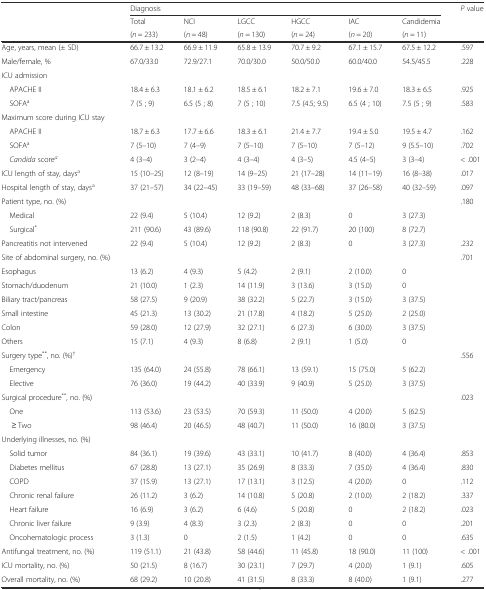
<table><thead><tr><td rowspan="3"></td><td colspan="6"><b>Diagnosis</b></td><td rowspan="2"><b><i>P</i> value</b></td></tr><tr><td><b>Total</b></td><td><b>NCI</b></td><td><b>LGCC</b></td><td><b>HGCC</b></td><td><b>IAC</b></td><td><b>Candidemia</b></td></tr><tr><td><b>(<i>n</i> = 233)</b></td><td><b>(<i>n</i> = 48)</b></td><td><b>(<i>n</i> = 130)</b></td><td><b>(<i>n</i> = 24)</b></td><td><b>(<i>n</i> = 20)</b></td><td><b>(<i>n</i> = 11)</b></td><td></td></tr></thead><tbody><tr><td>Age, years, mean (± SD)</td><td>66.7 ± 13.2</td><td>66.9 ± 11.9</td><td>65.8 ± 13.9</td><td>70.7 ± 9.2</td><td>67.1 ± 15.7</td><td>67.5 ± 12.2</td><td>.597</td></tr><tr><td>Male/female, %</td><td>67.0/33.0</td><td>72.9/27.1</td><td>70.0/30.0</td><td>50.0/50.0</td><td>60.0/40.0</td><td>54.5/45.5</td><td>.228</td></tr><tr><td>ICU admission</td><td></td><td></td><td></td><td></td><td></td><td></td><td></td></tr><tr><td> APACHE II</td><td>18.4 ± 6.3</td><td>18.1 ± 6.2</td><td>18.5 ± 6.1</td><td>18.2 ± 7.1</td><td>19.6 ± 7.0</td><td>18.3 ± 6.5</td><td>.925</td></tr><tr><td> SOFA<sup>a</sup></td><td>7 (5 ; 9)</td><td>6.5 (5 ; 8)</td><td>7 (5 ; 10)</td><td>7.5 (4.5; 9.5)</td><td>6.5 (4 ; 10)</td><td>7.5 (5 ; 9)</td><td>.583</td></tr><tr><td>Maximum score during ICU stay</td><td></td><td></td><td></td><td></td><td></td><td></td><td></td></tr><tr><td> APACHE II</td><td>18.7 ± 6.3</td><td>17.7 ± 6.6</td><td>18.3 ± 6.1</td><td>21.4 ± 7.7</td><td>19.4 ± 5.0</td><td>19.5 ± 4.7</td><td>.162</td></tr><tr><td> SOFA<sup>a</sup></td><td>7 (5–10)</td><td>7 (4–9)</td><td>7 (5–10)</td><td>7 (5–10)</td><td>7 (5–12)</td><td>9 (5.5–10)</td><td>.702</td></tr><tr><td> <i>Candida</i> score<sup><i>a</i></sup></td><td>4 (3–4)</td><td>3 (2–4)</td><td>4 (3–4)</td><td>4 (3–5)</td><td>4.5 (4–5)</td><td>3 (3–4)</td><td>&lt; .001</td></tr><tr><td>ICU length of stay, days<sup>a</sup></td><td>15 (10–25)</td><td>12 (8–19)</td><td>14 (9–25)</td><td>21 (17–28)</td><td>14 (11–19)</td><td>16 (8–38)</td><td>.017</td></tr><tr><td>Hospital length of stay, days<sup>a</sup></td><td>37 (21–57)</td><td>34 (22–45)</td><td>33 (19–59)</td><td>48 (33–68)</td><td>37 (26–58)</td><td>40 (32–59)</td><td>.097</td></tr><tr><td>Patient type, no. (%)</td><td></td><td></td><td></td><td></td><td></td><td></td><td>.180</td></tr><tr><td> Medical</td><td>22 (9.4)</td><td>5 (10.4)</td><td>12 (9.2)</td><td>2 (8.3)</td><td>0</td><td>3 (27.3)</td><td></td></tr><tr><td> Surgical<sup>*</sup></td><td>211 (90.6)</td><td>43 (89.6)</td><td>118 (90.8)</td><td>22 (91.7)</td><td>20 (100)</td><td>8 (72.7)</td><td></td></tr><tr><td>Pancreatitis not intervened</td><td>22 (9.4)</td><td>5 (10.4)</td><td>12 (9.2)</td><td>2 (8.3)</td><td>0</td><td>3 (27.3)</td><td>.232</td></tr><tr><td>Site of abdominal surgery, no. (%)</td><td></td><td></td><td></td><td></td><td></td><td></td><td>.701</td></tr><tr><td>Esophagus</td><td>13 (6.2)</td><td>4 (9.3)</td><td>5 (4.2)</td><td>2 (9.1)</td><td>2 (10.0)</td><td>0</td><td></td></tr><tr><td>Stomach/duodenum</td><td>21 (10.0)</td><td>1 (2.3)</td><td>14 (11.9)</td><td>3 (13.6)</td><td>3 (15.0)</td><td>0</td><td></td></tr><tr><td>Biliary tract/pancreas</td><td>58 (27.5)</td><td>9 (20.9)</td><td>38 (32.2)</td><td>5 (22.7)</td><td>3 (15.0)</td><td>3 (37.5)</td><td></td></tr><tr><td>Small intestine</td><td>45 (21.3)</td><td>13 (30.2)</td><td>21 (17.8)</td><td>4 (18.2)</td><td>5 (25.0)</td><td>2 (25.0)</td><td></td></tr><tr><td>Colon</td><td>59 (28.0)</td><td>12 (27.9)</td><td>32 (27.1)</td><td>6 (27.3)</td><td>6 (30.0)</td><td>3 (37.5)</td><td></td></tr><tr><td>Others</td><td>15 (7.1)</td><td>4 (9.3)</td><td>8 (6.8)</td><td>2 (9.1)</td><td>1 (5.0)</td><td>0</td><td></td></tr><tr><td>Surgery type<sup>**</sup>, no. (%)<sup>†</sup></td><td></td><td></td><td></td><td></td><td></td><td></td><td>.556</td></tr><tr><td> Emergency</td><td>135 (64.0)</td><td>24 (55.8)</td><td>78 (66.1)</td><td>13 (59.1)</td><td>15 (75.0)</td><td>5 (62.2)</td><td></td></tr><tr><td> Elective</td><td>76 (36.0)</td><td>19 (44.2)</td><td>40 (33.9)</td><td>9 (40.9)</td><td>5 (25.0)</td><td>3 (37.5)</td><td></td></tr><tr><td>Surgical procedure<sup>**</sup>, no. (%)</td><td></td><td></td><td></td><td></td><td></td><td></td><td>.023</td></tr><tr><td> One</td><td>113 (53.6)</td><td>23 (53.5)</td><td>70 (59.3)</td><td>11 (50.0)</td><td>4 (20.0)</td><td>5 (62.5)</td><td></td></tr><tr><td>≥ Two</td><td>98 (46.4)</td><td>20 (46.5)</td><td>48 (40.7)</td><td>11 (50.0)</td><td>16 (80.0)</td><td>3 (37.5)</td><td></td></tr><tr><td>Underlying illnesses, no. (%)</td><td></td><td></td><td></td><td></td><td></td><td></td><td></td></tr><tr><td> Solid tumor</td><td>84 (36.1)</td><td>19 (39.6)</td><td>43 (33.1)</td><td>10 (41.7)</td><td>8 (40.0)</td><td>4 (36.4)</td><td>.853</td></tr><tr><td> Diabetes mellitus</td><td>67 (28.8)</td><td>13 (27.1)</td><td>35 (26.9)</td><td>8 (33.3)</td><td>7 (35.0)</td><td>4 (36.4)</td><td>.830</td></tr><tr><td> COPD</td><td>37 (15.9)</td><td>13 (27.1)</td><td>17 (13.1)</td><td>3 (12.5)</td><td>4 (20.0)</td><td>0</td><td>.112</td></tr><tr><td> Chronic renal failure</td><td>26 (11.2)</td><td>3 (6.2)</td><td>14 (10.8)</td><td>5 (20.8)</td><td>2 (10.0)</td><td>2 (18.2)</td><td>.337</td></tr><tr><td> Heart failure</td><td>16 (6.9)</td><td>3 (6.2)</td><td>6 (4.6)</td><td>5 (20.8)</td><td>0</td><td>2 (18.2)</td><td>.023</td></tr><tr><td> Chronic liver failure</td><td>9 (3.9)</td><td>4 (8.3)</td><td>3 (2.3)</td><td>2 (8.3)</td><td>0</td><td>0</td><td>.201</td></tr><tr><td> Oncohematologic process</td><td>3 (1.3)</td><td>0</td><td>2 (1.5)</td><td>1 (4.2)</td><td>0</td><td>0</td><td>.635</td></tr><tr><td>Antifungal treatment, no. (%)</td><td>119 (51.1)</td><td>21 (43.8)</td><td>58 (44.6)</td><td>11 (45.8)</td><td>18 (90.0)</td><td>11 (100)</td><td>&lt; .001</td></tr><tr><td>ICU mortality, no. (%)</td><td>50 (21.5)</td><td>8 (16.7)</td><td>30 (23.1)</td><td>7 (29.7)</td><td>4 (20.0)</td><td>1 (9.1)</td><td>.605</td></tr><tr><td>Overall mortality, no. (%)</td><td>68 (29.2)</td><td>10 (20.8)</td><td>41 (31.5)</td><td>8 (33.3)</td><td>8 (40.0)</td><td>1 (9.1)</td><td>.277</td></tr></tbody></table>